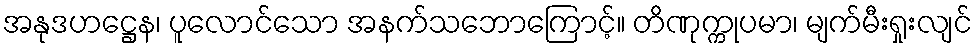
အနုဒဟဋ္ဌေန၊ ပူလောင်သော အနက်သဘောကြောင့်။ တိဏုက္ကုပမာ၊ မျက်မီးရှုးလျင်